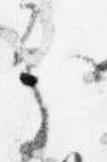
処